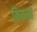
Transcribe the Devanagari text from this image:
वियरा